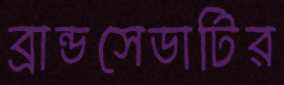
ব্রান্ডসেডাটির